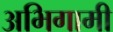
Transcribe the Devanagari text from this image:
अभिगामी